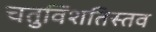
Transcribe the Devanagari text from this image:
चतुविंशतिस्तव